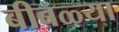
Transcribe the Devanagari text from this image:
बीबळ्या